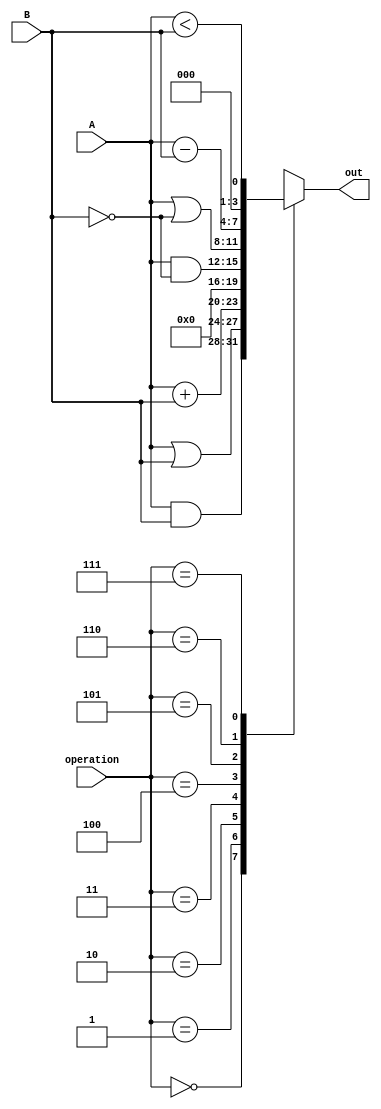
module Alu(input wire [3:0] A,B, input wire [2:0] operation, output reg [3:0] out  );

        always  @* begin
            case(operation)

                3'b000: out <=  A & B;
                3'b001: out <=  A | B;
                3'b010: out <=  A + B;
                3'b011: out <= 0;
                3'b100: out <= A & ~B;
                3'b101: out <= A | ~B;
                3'b110: out <= A - B;
                3'b111: out <=   A<B;

            endcase
        end

endmodule